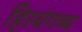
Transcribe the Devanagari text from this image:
हिरवंगच्च